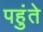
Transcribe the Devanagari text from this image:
पहुंते